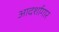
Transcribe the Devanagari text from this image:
आदर्शागार